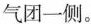
气团一侧。